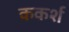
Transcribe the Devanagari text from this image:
ककर्श